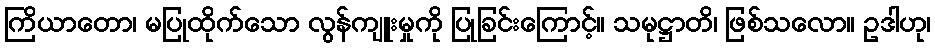
ကြိယာတော၊ မပြုထိုက်သော လွန်ကျူးမှုကို ပြုခြင်းကြောင့်။ သမုဋ္ဌာတိ၊ ဖြစ်သလော။ ဥဒါဟု၊